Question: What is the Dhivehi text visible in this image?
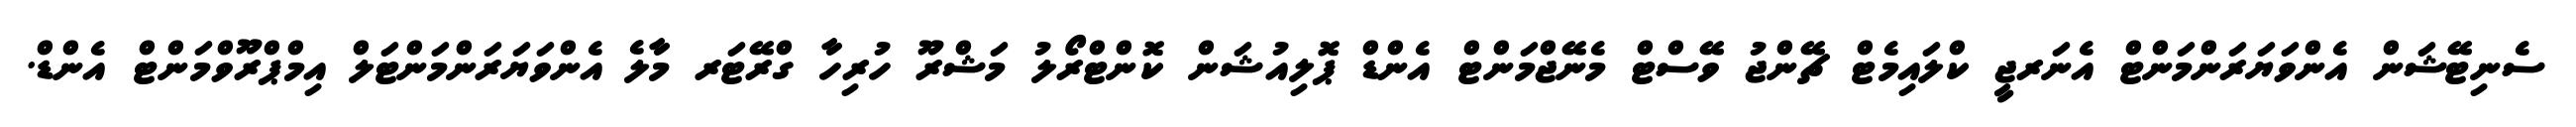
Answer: ސެނިޓޭޝަން އެންވަޔަރަންމަންޓް އެނަރޖީ ކްލައިމެޓް ޗޭންޖު ވޭސްޓް މެނޭޖްމަންޓް އެންޑް ޕޮލިއުޝަން ކޮންޓްރޯލު މަޝްރޫ ހުރިހާ ގްރޭޓަރ މާލެ އެންވަޔަރަންމަންޓަލް އިމްޕްރޫވްމަންޓް އެންޑް.